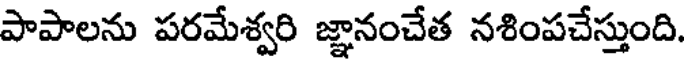
పాపాలను పరమేశ్వరి జ్ఞానంచేత నశింపచేస్తుంది.